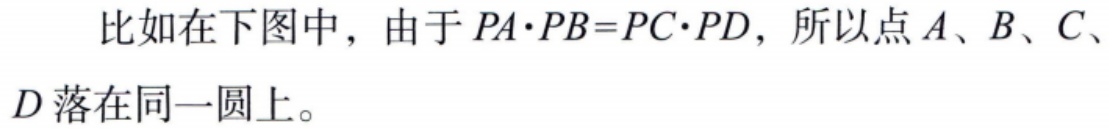
比如在下图中，由于 \(PA\cdot PB = PC\cdot PD\)，所以点 \(A、B、C、D\) 落在同一圆上。